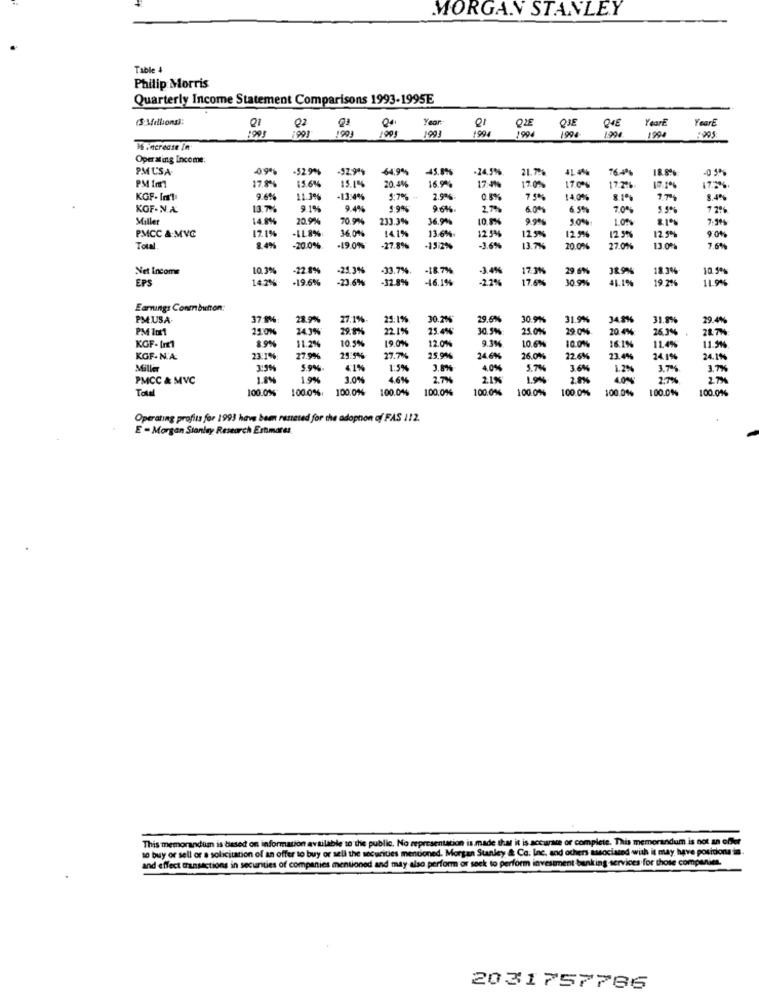
MORGAN STANLEY
Table 4
Philip Morris
Quarterly Income Statement Comparisons 1993-1995E
(3 Millions):
Q1
Year
YearE
1993
Q2
1901
190)
1001
1093
199€
84E
Year
1900
Operating Income:
PMUSA
-52.9%
-64,9%
45.89%
24,5%%
21.77%
764
-0 5%%
17.8%
15.646
16.9%
PM Im1
15.16
20.4%
17.4%
17.0%
17.0%
17.2%
10.1%
175
KGF- In1
9.6%%
1.3%%
-13:4%
5.7%
2.9%
0.5%
75%
14,0%
8.1%
8.4%
KOF-N.A.
9.1%
94%
5:9%
9.6%%
6.00
6 5%
7.0%
5.5%
7 2%
Miller
14.9%%
20.9%
70.9%%
233.3%
36.9%
9.9%
50%
10%
PMCC & MVC
36.046
13.6%.
12.9%
90%%
17.1%
8.499
IL8%
141%
125%
12.5%
12.5%
12.5%
Total.
-20.0%.
-19.0%
-27.8%
-13:2%
-3.6%
13.7%
20.0%
27.0%
13.0%%
7.6%
Net Income
10.39
-22.8%
-21.3%%
-33.7%
-18.7%
3.4%
17.3
29.6%
389%%
18.3%
10.9%
EPS
14.2%
-19.6%
-23.6%
-32.8%
-46.1%
-2.2%
17.6%
10.9%%
41.1%
19.2%
19%%
Earnings Conmbutton:
PMUSA-
37.8%
28.9%
27.1%.
25:1%
30.20%
29.6%%
30.9%
31.9%
34.8%
29.4%
PM It1
210%
24.3%
29,9%%
22.1%
25.4%
30.5%
25.0%
29 0%%
20 4%
26.3%
28.77
8.9%
11.2%
10.5%
19.0%
12.0%
9.3%
11.4%%
KGF- In1
10.6%
10.0%%
16.1%
11.5%
KGF-N'A:
23.1%
27.9%
25:5%
27.7%
25.9%
24.6%%
26.0%
22.6%
23.4%
24.1%
24.1%
Mille
5.9%
41%
1:5%
3.8%%
40%
5.7%
3.6%
1.2%
3.7%
3.7%
PMCC & MVC
1.8%
1.9%
3.0%
4.6%
2.7%
2.1%
1.9%%
2.8%
40%
2.7%
2.7%
Total
100.0%:
100.0%
100.04%
100,0%
100.0%
100.0%
100.0%%
100.0%
100.0%%
100.0%
100.0%
Operating profits for 1993 have been reseted for the adophon of FAS 112.
E - Morgan Stanley Research Estimares
This memorandum is based on information available to the public. No representation is made that it is accurate or complete. This memorandum is not an off
10 buy or sell or a solicitation of an offer to buy or sell the securities mentioned. Morgan Stanley & Co. Inc. and others associated with it may have posidonia
and effect transactions in securities of companies mentioned and may also perform or seek to perform investment banking services for those companies.
2031757766